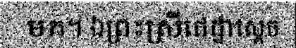
មក។ ឯព្រះស្រីជេដ្ឋាស្តេច